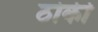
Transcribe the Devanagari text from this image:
ठोकी